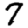
Digit: 7